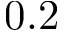
0 . 2